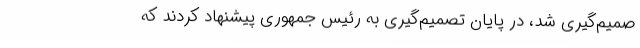
صمیم‌گیری شد، در پایان تصمیم‌گیری به رئیس جمهوری پیشنهاد کردند که